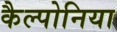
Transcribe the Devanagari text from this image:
कैल्पोनिया